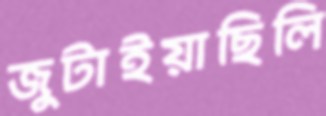
জুটাইয়াছিলি